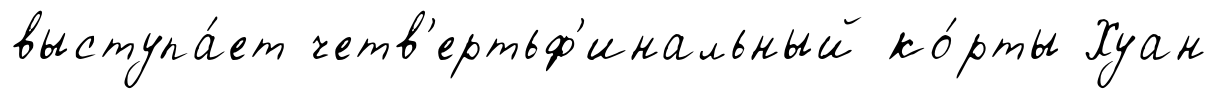
выступа́ет четв'ертьф'инальный ко́рты Хуан